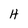
Character: H